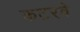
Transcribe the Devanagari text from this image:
कटरवे